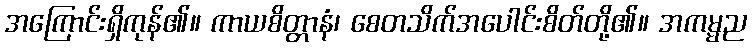
အကြောင်းရှိကုန်၏။ ကာယစိတ္တာနံ၊ စေတသိက်အပေါင်းစိတ်တို့၏။ အကမ္မည